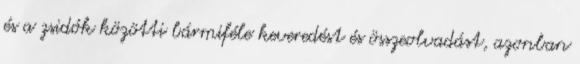
és a zsidók közötti bármiféle keveredést és összeolvadást, azonban